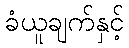
ခံယူချက်နှင့်